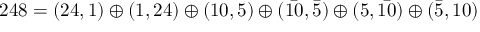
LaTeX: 2 4 8 = ( 2 4 , 1 ) \oplus ( 1 , 2 4 ) \oplus ( 1 0 , 5 ) \oplus ( \bar { 1 0 } , \bar { 5 } ) \oplus ( 5 , \bar { 1 0 } ) \oplus ( \bar { 5 } , 1 0 )